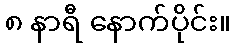
၈ နာရီ နောက်ပိုင်း။